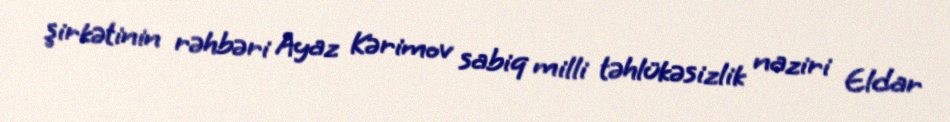
şirkətinin rəhbəri Ayaz Kərimov sabiq milli təhlükəsizlik naziri Eldar